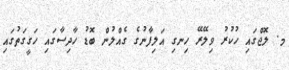
މ. ލޮޖްގައި ހުކުރު ވިލޭރޭ ހިނގި އަލިފާނުގެ ގެއްލުން ބޮޑު ހާދިސާގައި ހަގީގަތުގައި